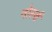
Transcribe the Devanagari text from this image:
नोर्ल्ड